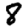
Digit: 8